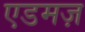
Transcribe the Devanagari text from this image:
एडमज़